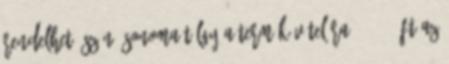
Rendelhető szín: sonoma tölgy A termék vételára 27.305.-Ft Az